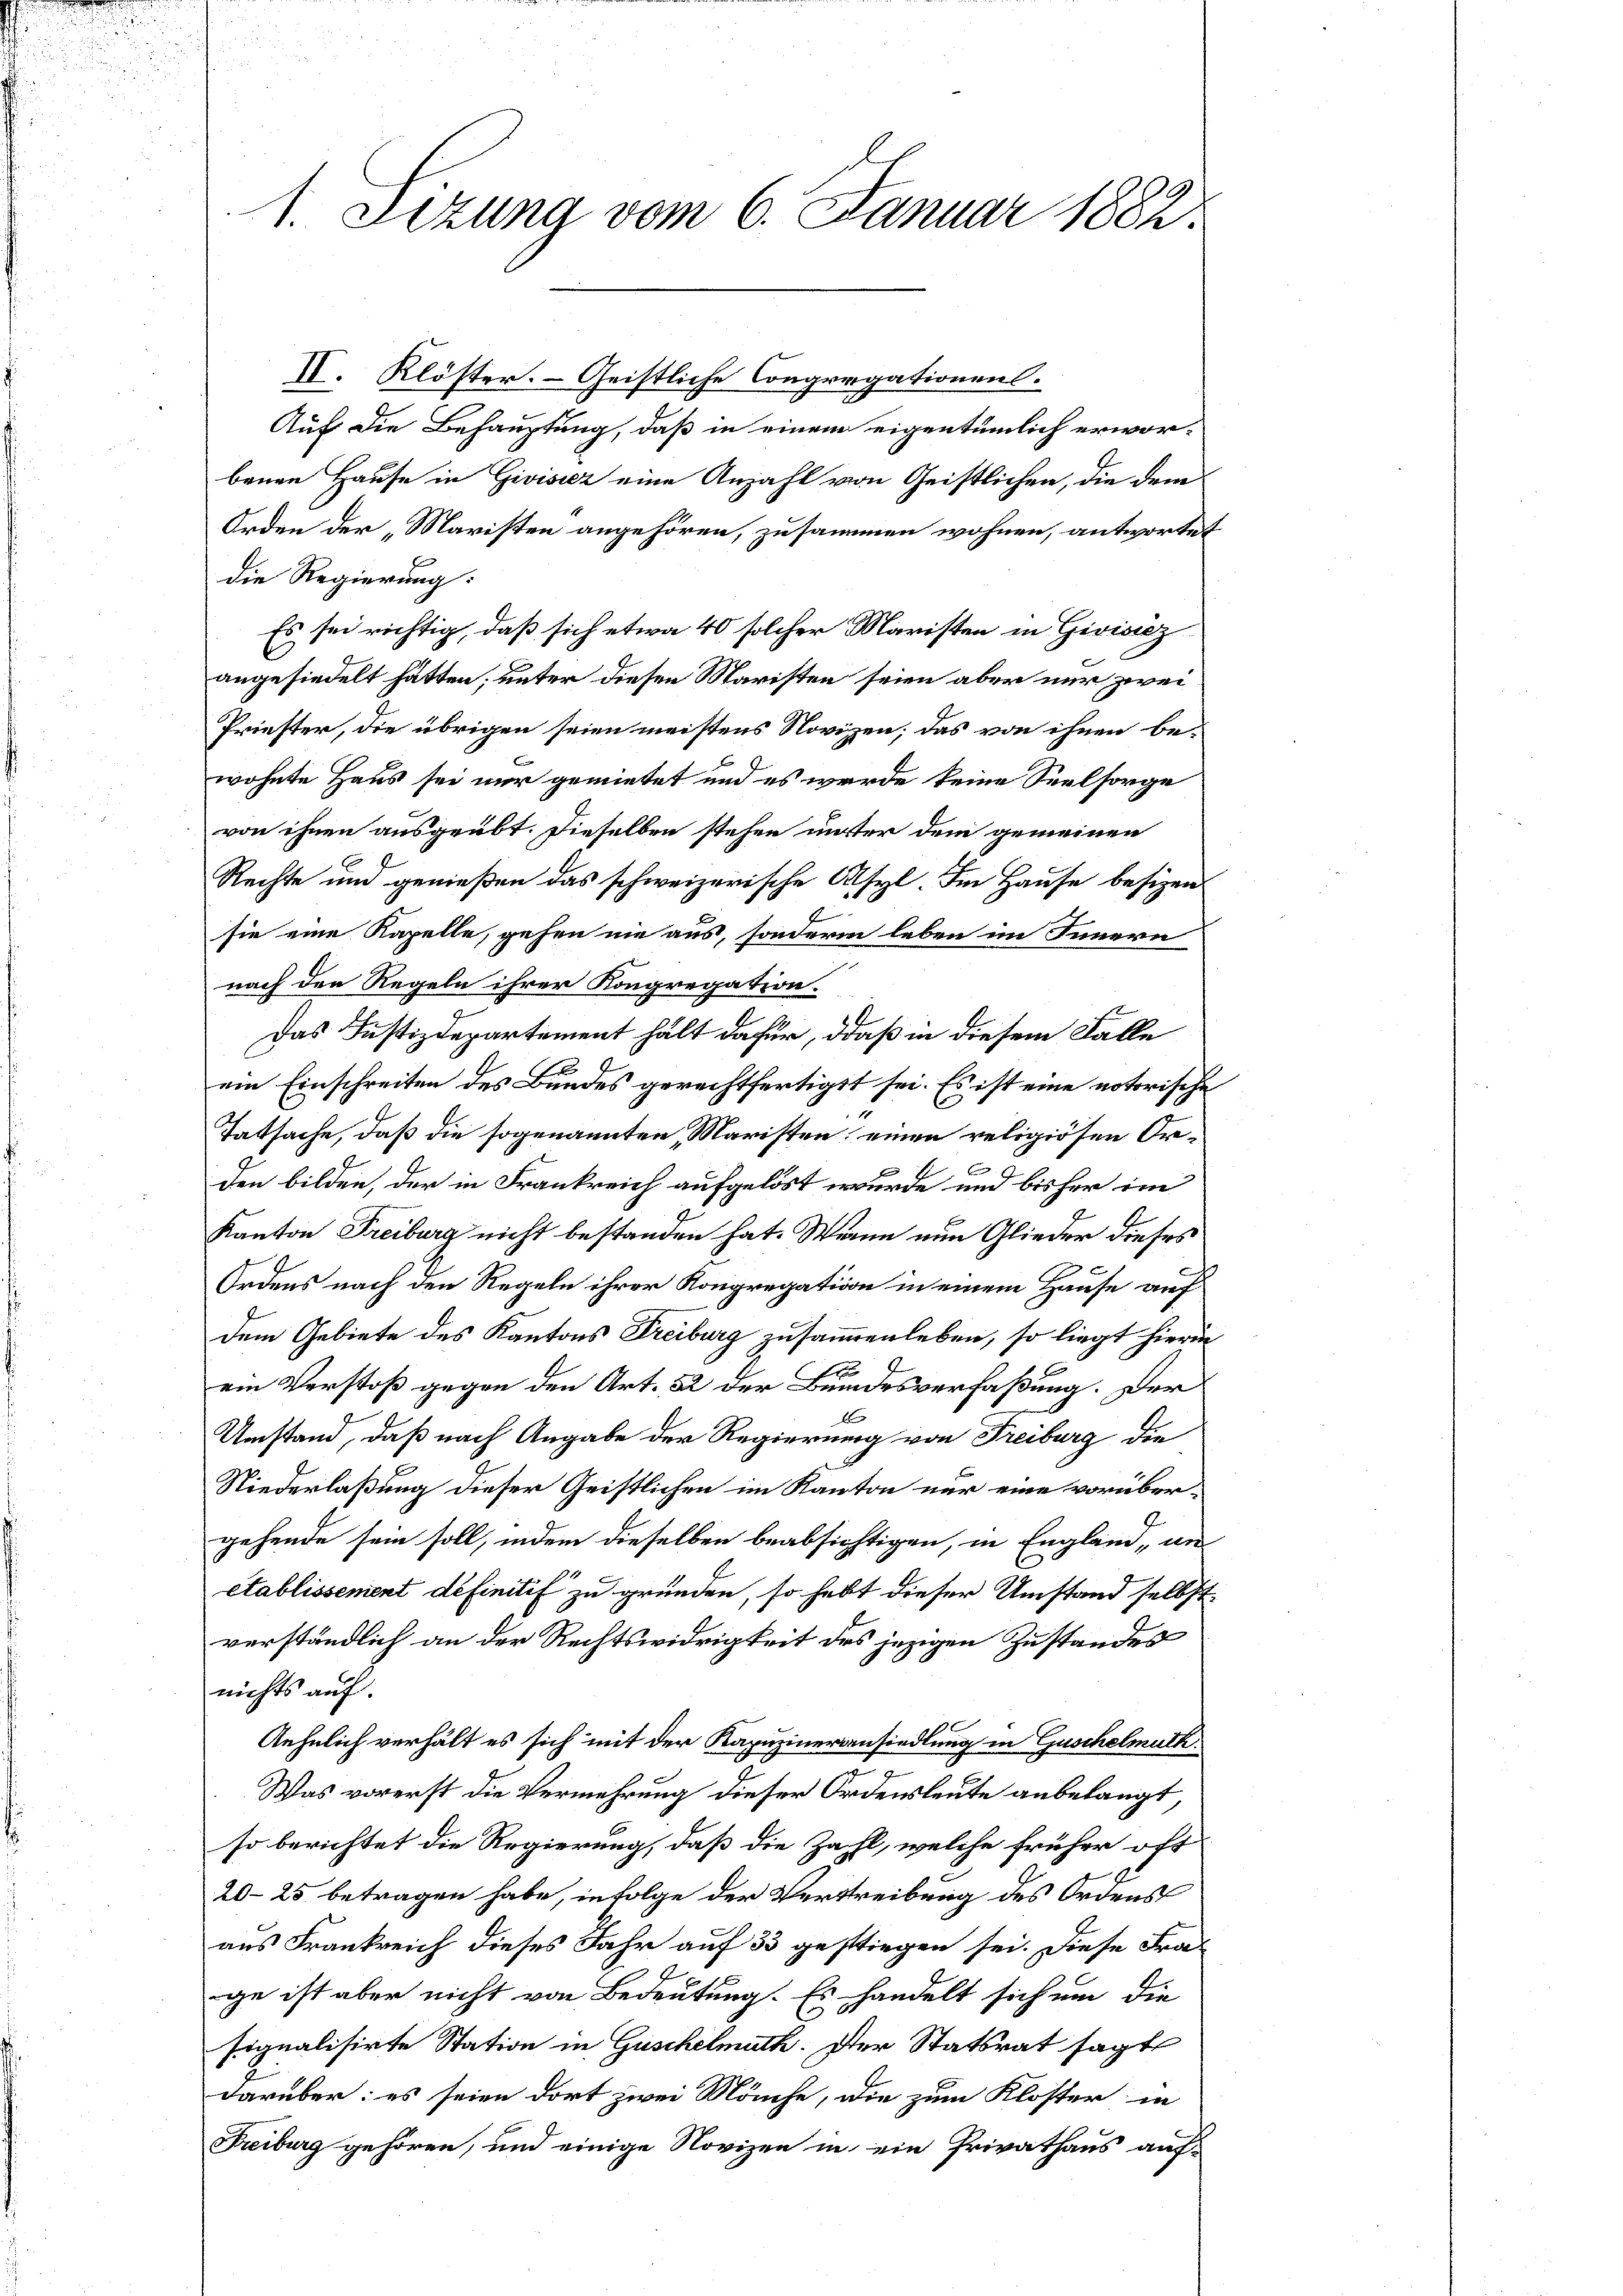
1. Sizung vom 6. Januar 1882.

II. Klöster. – Geistliche Congregationens.
Auf die Behauptung, daß in einem eigentümlich erworbenen Hause in Givisiez eine Anzahl von Geistlichen, die dem¬
Orden der „Maristen angehören, zusammen wohnen, antwortet
die Regierung:
Es sei richtig, daß sich etwa 40 solcher Maristen in Givisiez
angesiedelt hätten, unter diesen Maristen seien aber nur zwei
Priester, die übrigen seien meistens Novizen, das von ihnen be-
wohnte Haus sei nur gemietet und es werde keine Seelsorge
von ihnen ausgeübt. Dieselben stehen unster dem gemeinen
Rechte und genießen das schweizerische Asyl. Im Hause besizen
sie eine Kapelle, gehen nie aus, sondern leben im Innern
nach den Regeln ihrer Kongregation.
Das Justizdepartement hält dafür, daß in diesem Falle
2
ein Einschreiten des Bundes gerechtfertigt sei. Es ist eine notorische
Tatsache, daß die sogenannten, Maristen einen religiösen Or¬
E
den bilden, der in Frankreich aufgelöst wurde und bisher im
Kanton Freiburg nicht bestanden hat. Wann nun Glieder dieses
Ordens nach den Regeln ihrer Kongregation in einem Hause auf
dem Gebiete des Kantons Freiburg zusammenleben, so liegt hierin

ein Verstoß gegen den Art. 22 der Bundesverfaßung. Der
1
Umstand, daß nach Angabe der Regierung von Freiburg die
Niederlaßung dieser Geistlichen im Kanton nur eine vorübergehende sein soll, indem dieselben beabsichtigen, in England, un
établissement définitif zu gründen, so hebt dieser Umstand selbst
verständlich an der Rechtswidrigkeit des jezigen Zustandes
nichts auf.
Aehnlich verhält es sich mit der Kapuzineransiedlung in Guschelmuth.
Was vorerst die Vermehrung dieser Ordensleute anbelangt,
so berichtet die Regierung, daß die Zahl, welche früher oft
20–25 betragen habe, in Folge der Verstreibung des Ordens
aus Frankreich dieses Jahr auf 33 gestiegen sei. Diese Fra-
ge ist aber nicht von Bedeutung. Es handelt sich um die
signalisirte Station in Guschelmuth. Der Statsrat sagt
darüber: es seien dort zwei Mönche, die zum Kloster in
Freiburg gehören, und einige Novizen in ein Privathaus auf¬